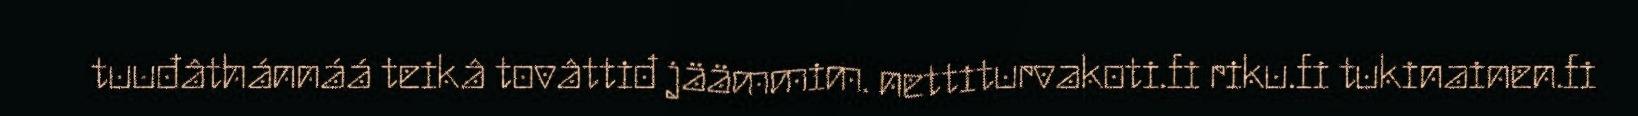
tuuđâthánnáá teikâ tovâttiđ jäämmim. nettiturvakoti.fi riku.fi tukinainen.fi